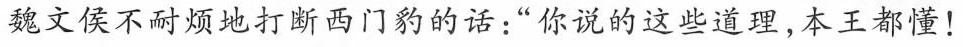
魏文侯不耐烦地打断西门豹的话：”你说的这些道理，本王都懂！